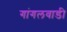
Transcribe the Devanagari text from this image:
गांगलवाडी